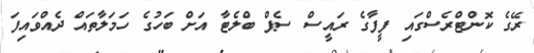
ރޭގެ ކޮންޓްރެސްގައި ފީފާގެ ރައީސް ސެޕް ބްލެޓާ އަށް ބަހުގެ ހަމަލާތައް ދެއްވައިފަ